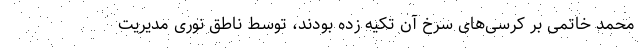
محمد خاتمی بر کرسی‌های سرخ آن تکیه زده بودند، توسط ناطق نوری مدیریت